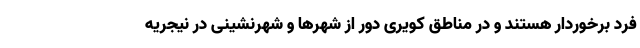
فرد برخوردار هستند و در مناطق کویری دور از شهر‌ها و شهرنشینی در نیجریه